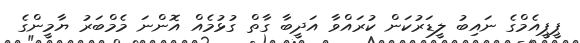
ޕީޕީއެމްގެ ނައިބު ލީޑަރުކަން ކުރައްވާ އަދީބާ ގާތް ގުޅުމެއް އޮންނަ މެމްބަރު ޔާމީންގެ